Civil Veterinary Department Bihar & Orissa reports 1922-29 - 1922-1929
Year: 1922
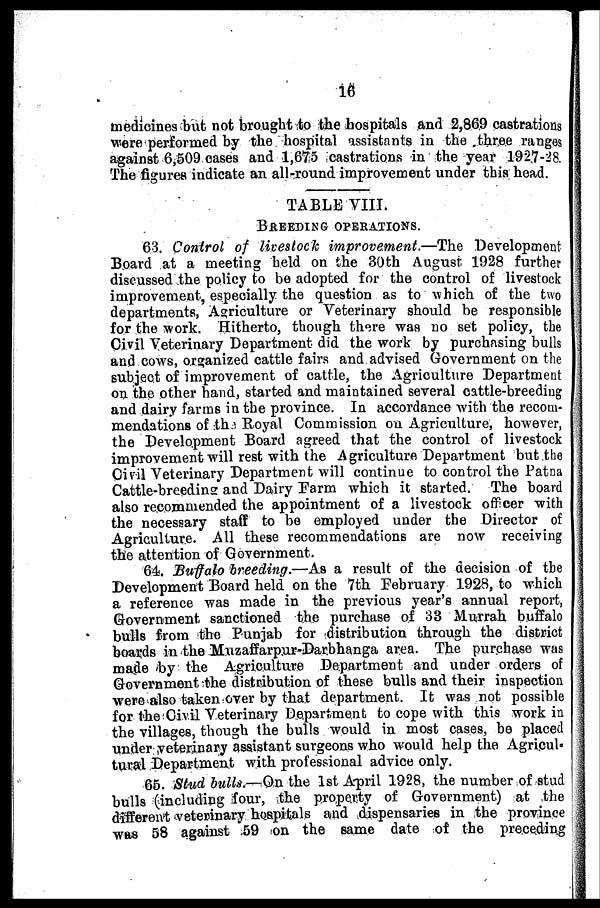
16
medicines but not brought to the hospitals and 2,869 castrations
were performed by the hospital assistants in the three ranges
against 6,509 cases and 1,675 castrations in the year 1927-28.
The figures indicate an all-round improvement under this head.
TABLE VIII.
BREEDING OPERATIONS.
63. Control of livestock improvement.—The
Development
Board at a meeting held on the 30th August 1928 further
discussed the policy to be adopted for the control of livestock
improvement, especially the question as to which of the two
departments, Agriculture or Veterinary should be responsible
for the work. Hitherto, though there was no set policy, the
Civil Veterinary Department did the work by purchasing bulls
and cows, organized cattle fairs and advised Government on the
subject of improvement of cattle, the Agriculture Department
on the other hand, started and maintained several cattle-breeding
and dairy farms in the province. In accordance with the recom-
mendations of the Royal Commission on Agriculture, however,
the Development Board agreed that the control of livestock
improvement will rest with the Agriculture Department but the
Civil Veterinary Department will continue to control the Patna
Cattle-breedins and Dairy Farm which it started. The board
also recommended the appointment of a livestock officer with
the necessary staff to be employed under the Director of
Agriculture. All these recommendations are now receiving
the attention of Government.
64. Buffalo breeding.—As a result of the decision of the
Development Board held on the 7th February 1928, to which
a reference was made in the previous year's annual report,
Government, sanctioned the purchase of 33 Murrah buffalo
bulls from the Punjab for distribution through the district
boards in the Muzaffarpur-Darbhanga area. The purchase was
made by the Agriculture Department and under orders of
Government the distribution of these bulls and their inspection
were also taken over by that department. It was not possible
for the Civil Veterinary Department to cope with this work in
the villages, though the bulls would in most cases, be placed
under veterinary assistant surgeons who would help the Agricul-
tural Department with professional advice only.
65. Stud bulls.—On the 1st April 1928, the number of stud
bulls (including four, the property of Government) at the
different veterinary hospitals and dispensaries in the province
was 58 against 59 on the same date of the preceding